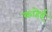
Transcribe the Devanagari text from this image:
काहेई